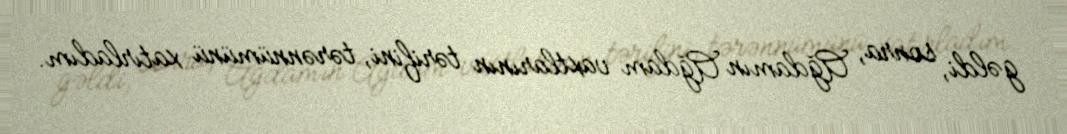
gəldi, sonra, Ağdamın Ağdam vaxtlarının tərifini, tərənnümünü xatırladım.